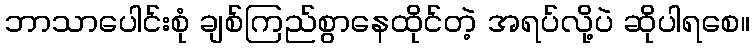
ဘာသာပေါင်းစုံ ချစ်ကြည်စွာနေထိုင်တဲ့ အရပ်လို့ပဲ ဆိုပါရစေ။